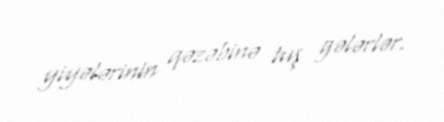
yiyələrinin qəzəbinə tuş gələrlər.